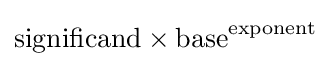
{\text{significand}}\times {\text{base}}^{\text{exponent}}